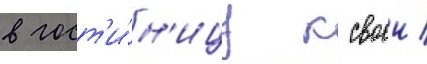
в гост'и́н'ицу к своеи